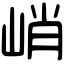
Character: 峭